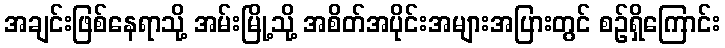
အချင်းဖြစ်နေရာသို့ အမ်းမြို့သို့ အစိတ်အပိုင်းအများအပြားတွင် စဉ်ရှိကြောင်း